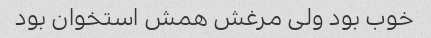
خوب بود ولی مرغش همش استخوان بود